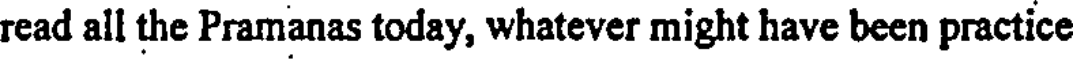
read all the Pramanas today, whatever might have been practice